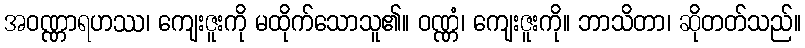
အဝဏ္ဏာရဟဿ၊ ကျေးဇူးကို မထိုက်သောသူ၏။ ဝဏ္ဏံ၊ ကျေးဇူးကို။ ဘာသိတာ၊ ဆိုတတ်သည်။